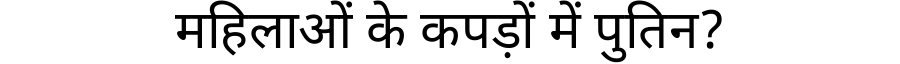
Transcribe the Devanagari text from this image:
महिलाओं के कपड़ों में पुतिन?